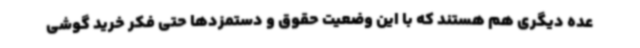
عده‌ دیگری هم هستند که با این وضعیت حقوق و دستمزدها حتی فکر خرید گوشی